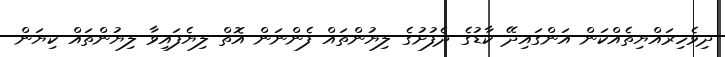
ދިވެހިރައްޔިތެއްކަން އަންގައިދޭ ކާޑުގެ ދެފުށުގެ ލިޔުންތައް ފެންނަން އޮތް ލިޔެފައިވާ ލިޔުންތައް ކިޔަން